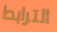
الترابط